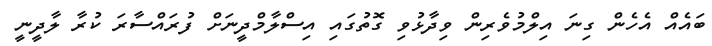
ބައެއް އެހެން ގިނަ އިލްމުވެރިން ވިދާޅުވި ގޮތުގައި އިސްލާމްދީނަށް ފުރައްސާރަ ކުރާ ލާދީނީ